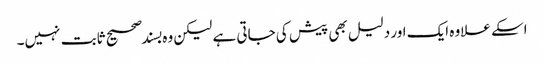
اسکے علاوہ ایک اور دلیل بھی پیش کی جاتی ہے لیکن وہ بسند صحیح ثابت نہیں۔